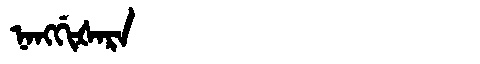
Manchu: ᠨᠠᠩᡤᡳᡧᠠᡵᠠ
Romanization: NANGGIŠARA